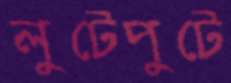
লুটেপুটে